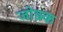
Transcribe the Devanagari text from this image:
जोड़क